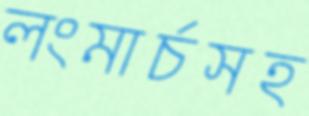
লংমার্চসহ